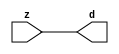

//------> ./rtl_mgc_ioport.v 
//------------------------------------------------------------------
//                M G C _ I O P O R T _ C O M P S
//------------------------------------------------------------------

//------------------------------------------------------------------
//                       M O D U L E S
//------------------------------------------------------------------

//------------------------------------------------------------------
//-- INPUT ENTITIES
//------------------------------------------------------------------

module mgc_in_wire (d, z);

  parameter integer rscid = 1;
  parameter integer width = 8;

  output [width-1:0] d;
  input  [width-1:0] z;

  wire   [width-1:0] d;

  assign d = z;

endmodule

//------------------------------------------------------------------

module mgc_in_wire_en (ld, d, lz, z);

  parameter integer rscid = 1;
  parameter integer width = 8;

  input              ld;
  output [width-1:0] d;
  output             lz;
  input  [width-1:0] z;

  wire   [width-1:0] d;
  wire               lz;

  assign d = z;
  assign lz = ld;

endmodule

//------------------------------------------------------------------

module mgc_in_wire_wait (ld, vd, d, lz, vz, z);

  parameter integer rscid = 1;
  parameter integer width = 8;

  input              ld;
  output             vd;
  output [width-1:0] d;
  output             lz;
  input              vz;
  input  [width-1:0] z;

  wire               vd;
  wire   [width-1:0] d;
  wire               lz;

  assign d = z;
  assign lz = ld;
  assign vd = vz;

endmodule
//------------------------------------------------------------------

module mgc_chan_in (ld, vd, d, lz, vz, z, size, req_size, sizez, sizelz);

  parameter integer rscid = 1;
  parameter integer width = 8;
  parameter integer sz_width = 8;

  input              ld;
  output             vd;
  output [width-1:0] d;
  output             lz;
  input              vz;
  input  [width-1:0] z;
  output [sz_width-1:0] size;
  input              req_size;
  input  [sz_width-1:0] sizez;
  output             sizelz;


  wire               vd;
  wire   [width-1:0] d;
  wire               lz;
  wire   [sz_width-1:0] size;
  wire               sizelz;

  assign d = z;
  assign lz = ld;
  assign vd = vz;
  assign size = sizez;
  assign sizelz = req_size;

endmodule


//------------------------------------------------------------------
//-- OUTPUT ENTITIES
//------------------------------------------------------------------

module mgc_out_stdreg (d, z);

  parameter integer rscid = 1;
  parameter integer width = 8;

  input    [width-1:0] d;
  output   [width-1:0] z;

  wire     [width-1:0] z;

  assign z = d;

endmodule

//------------------------------------------------------------------

module mgc_out_stdreg_en (ld, d, lz, z);

  parameter integer rscid = 1;
  parameter integer width = 8;

  input              ld;
  input  [width-1:0] d;
  output             lz;
  output [width-1:0] z;

  wire               lz;
  wire   [width-1:0] z;

  assign z = d;
  assign lz = ld;

endmodule

//------------------------------------------------------------------

module mgc_out_stdreg_wait (ld, vd, d, lz, vz, z);

  parameter integer rscid = 1;
  parameter integer width = 8;

  input              ld;
  output             vd;
  input  [width-1:0] d;
  output             lz;
  input              vz;
  output [width-1:0] z;

  wire               vd;
  wire               lz;
  wire   [width-1:0] z;

  assign z = d;
  assign lz = ld;
  assign vd = vz;

endmodule

//------------------------------------------------------------------

module mgc_out_prereg_en (ld, d, lz, z);

    parameter integer rscid = 1;
    parameter integer width = 8;

    input              ld;
    input  [width-1:0] d;
    output             lz;
    output [width-1:0] z;

    wire               lz;
    wire   [width-1:0] z;

    assign z = d;
    assign lz = ld;

endmodule

//------------------------------------------------------------------
//-- INOUT ENTITIES
//------------------------------------------------------------------

module mgc_inout_stdreg_en (ldin, din, ldout, dout, lzin, lzout, z);

    parameter integer rscid = 1;
    parameter integer width = 8;

    input              ldin;
    output [width-1:0] din;
    input              ldout;
    input  [width-1:0] dout;
    output             lzin;
    output             lzout;
    inout  [width-1:0] z;

    wire   [width-1:0] din;
    wire               lzin;
    wire               lzout;
    wire   [width-1:0] z;

    assign lzin = ldin;
    assign din = ldin ? z : {width{1'bz}};
    assign lzout = ldout;
    assign z = ldout ? dout : {width{1'bz}};

endmodule

//------------------------------------------------------------------
module hid_tribuf( I_SIG, ENABLE, O_SIG);
  parameter integer width = 8;

  input [width-1:0] I_SIG;
  input ENABLE;
  inout [width-1:0] O_SIG;

  assign O_SIG = (ENABLE) ? I_SIG : { width{1'bz}};

endmodule
//------------------------------------------------------------------

module mgc_inout_stdreg_wait (ldin, vdin, din, ldout, vdout, dout, lzin, vzin, lzout, vzout, z);

    parameter integer rscid = 1;
    parameter integer width = 8;

    input              ldin;
    output             vdin;
    output [width-1:0] din;
    input              ldout;
    output             vdout;
    input  [width-1:0] dout;
    output             lzin;
    input              vzin;
    output             lzout;
    input              vzout;
    inout  [width-1:0] z;

    wire               vdin;
    wire   [width-1:0] din;
    wire               vdout;
    wire               lzin;
    wire               lzout;
    wire   [width-1:0] z;
    wire   ldout_and_vzout;

    assign lzin = ldin;
    assign vdin = vzin;
    assign din = ldin ? z : {width{1'bz}};
    assign lzout = ldout;
    assign vdout = vzout ;
    assign ldout_and_vzout = ldout && vzout ;

    hid_tribuf #(width) tb( .I_SIG(dout),
                            .ENABLE(ldout_and_vzout),
                            .O_SIG(z) );

endmodule

//------------------------------------------------------------------

module mgc_inout_buf_wait (clk, en, arst, srst, ldin, vdin, din, ldout, vdout, dout, lzin, vzin, lzout, vzout, z);

    parameter integer rscid   = 0; // resource ID
    parameter integer width   = 8; // fifo width
    parameter         ph_clk  =  1'b1; // clock polarity 1=rising edge, 0=falling edge
    parameter         ph_en   =  1'b1; // clock enable polarity
    parameter         ph_arst =  1'b1; // async reset polarity
    parameter         ph_srst =  1'b1; // sync reset polarity

    input              clk;
    input              en;
    input              arst;
    input              srst;
    input              ldin;
    output             vdin;
    output [width-1:0] din;
    input              ldout;
    output             vdout;
    input  [width-1:0] dout;
    output             lzin;
    input              vzin;
    output             lzout;
    input              vzout;
    inout  [width-1:0] z;

    wire               lzout_buf;
    wire               vzout_buf;
    wire   [width-1:0] z_buf;
    wire               vdin;
    wire   [width-1:0] din;
    wire               vdout;
    wire               lzin;
    wire               lzout;
    wire   [width-1:0] z;

    assign lzin = ldin;
    assign vdin = vzin;
    assign din = ldin ? z : {width{1'bz}};
    assign lzout = lzout_buf & ~ldin;
    assign vzout_buf = vzout & ~ldin;
    hid_tribuf #(width) tb( .I_SIG(z_buf),
                            .ENABLE((lzout_buf && (!ldin) && vzout) ),
                            .O_SIG(z)  );

    mgc_out_buf_wait
    #(
        .rscid   (rscid),
        .width   (width),
        .ph_clk  (ph_clk),
        .ph_en   (ph_en),
        .ph_arst (ph_arst),
        .ph_srst (ph_srst)
    )
    BUFF
    (
        .clk     (clk),
        .en      (en),
        .arst    (arst),
        .srst    (srst),
        .ld      (ldout),
        .vd      (vdout),
        .d       (dout),
        .lz      (lzout_buf),
        .vz      (vzout_buf),
        .z       (z_buf)
    );


endmodule

module mgc_inout_fifo_wait (clk, en, arst, srst, ldin, vdin, din, ldout, vdout, dout, lzin, vzin, lzout, vzout, z);

    parameter integer rscid   = 0; // resource ID
    parameter integer width   = 8; // fifo width
    parameter integer fifo_sz = 8; // fifo depth
    parameter         ph_clk  = 1'b1;  // clock polarity 1=rising edge, 0=falling edge
    parameter         ph_en   = 1'b1;  // clock enable polarity
    parameter         ph_arst = 1'b1;  // async reset polarity
    parameter         ph_srst = 1'b1;  // sync reset polarity
    parameter integer ph_log2 = 3;     // log2(fifo_sz)
    parameter integer pwropt  = 0;     // pwropt

    input              clk;
    input              en;
    input              arst;
    input              srst;
    input              ldin;
    output             vdin;
    output [width-1:0] din;
    input              ldout;
    output             vdout;
    input  [width-1:0] dout;
    output             lzin;
    input              vzin;
    output             lzout;
    input              vzout;
    inout  [width-1:0] z;

    wire               lzout_buf;
    wire               vzout_buf;
    wire   [width-1:0] z_buf;
    wire               comb;
    wire               vdin;
    wire   [width-1:0] din;
    wire               vdout;
    wire               lzin;
    wire               lzout;
    wire   [width-1:0] z;

    assign lzin = ldin;
    assign vdin = vzin;
    assign din = ldin ? z : {width{1'bz}};
    assign lzout = lzout_buf & ~ldin;
    assign vzout_buf = vzout & ~ldin;
    assign comb = (lzout_buf && (!ldin) && vzout);

    hid_tribuf #(width) tb2( .I_SIG(z_buf), .ENABLE(comb), .O_SIG(z)  );

    mgc_out_fifo_wait
    #(
        .rscid   (rscid),
        .width   (width),
        .fifo_sz (fifo_sz),
        .ph_clk  (ph_clk),
        .ph_en   (ph_en),
        .ph_arst (ph_arst),
        .ph_srst (ph_srst),
        .ph_log2 (ph_log2),
        .pwropt  (pwropt)
    )
    FIFO
    (
        .clk   (clk),
        .en      (en),
        .arst    (arst),
        .srst    (srst),
        .ld      (ldout),
        .vd      (vdout),
        .d       (dout),
        .lz      (lzout_buf),
        .vz      (vzout_buf),
        .z       (z_buf)
    );

endmodule

//------------------------------------------------------------------
//-- I/O SYNCHRONIZATION ENTITIES
//------------------------------------------------------------------

module mgc_io_sync (ld, lz);

    input  ld;
    output lz;

    assign lz = ld;

endmodule

module mgc_bsync_rdy (rd, rz);

    parameter integer rscid   = 0; // resource ID
    parameter ready = 1;
    parameter valid = 0;

    input  rd;
    output rz;

    wire   rz;

    assign rz = rd;

endmodule

module mgc_bsync_vld (vd, vz);

    parameter integer rscid   = 0; // resource ID
    parameter ready = 0;
    parameter valid = 1;

    output vd;
    input  vz;

    wire   vd;

    assign vd = vz;

endmodule

module mgc_bsync_rv (rd, vd, rz, vz);

    parameter integer rscid   = 0; // resource ID
    parameter ready = 1;
    parameter valid = 1;

    input  rd;
    output vd;
    output rz;
    input  vz;

    wire   vd;
    wire   rz;

    assign rz = rd;
    assign vd = vz;

endmodule

//------------------------------------------------------------------

module mgc_sync (ldin, vdin, ldout, vdout);

  input  ldin;
  output vdin;
  input  ldout;
  output vdout;

  wire   vdin;
  wire   vdout;

  assign vdin = ldout;
  assign vdout = ldin;

endmodule

///////////////////////////////////////////////////////////////////////////////
// dummy function used to preserve funccalls for modulario
// it looks like a memory read to the caller
///////////////////////////////////////////////////////////////////////////////
module funccall_inout (d, ad, bd, z, az, bz);

  parameter integer ram_id = 1;
  parameter integer width = 8;
  parameter integer addr_width = 8;

  output [width-1:0]       d;
  input  [addr_width-1:0]  ad;
  input                    bd;
  input  [width-1:0]       z;
  output [addr_width-1:0]  az;
  output                   bz;

  wire   [width-1:0]       d;
  wire   [addr_width-1:0]  az;
  wire                     bz;

  assign d  = z;
  assign az = ad;
  assign bz = bd;

endmodule


///////////////////////////////////////////////////////////////////////////////
// inlinable modular io not otherwise found in mgc_ioport
///////////////////////////////////////////////////////////////////////////////

module modulario_en_in (vd, d, vz, z);

  parameter integer rscid = 1;
  parameter integer width = 8;

  output             vd;
  output [width-1:0] d;
  input              vz;
  input  [width-1:0] z;

  wire   [width-1:0] d;
  wire               vd;

  assign d = z;
  assign vd = vz;

endmodule

//------> ./rtl_mgc_ioport_v2001.v 
//------------------------------------------------------------------

module mgc_out_reg_pos (clk, en, arst, srst, ld, d, lz, z);

    parameter integer rscid   = 1;
    parameter integer width   = 8;
    parameter         ph_en   =  1'b1;
    parameter         ph_arst =  1'b1;
    parameter         ph_srst =  1'b1;

    input              clk;
    input              en;
    input              arst;
    input              srst;
    input              ld;
    input  [width-1:0] d;
    output             lz;
    output [width-1:0] z;

    reg                lz;
    reg    [width-1:0] z;

    generate
    if (ph_arst == 1'b0)
    begin: NEG_ARST
        always @(posedge clk or negedge arst)
        if (arst == 1'b0)
        begin: B1
            lz <= 1'b0;
            z  <= {width{1'b0}};
        end
        else if (srst == ph_srst)
        begin: B2
            lz <= 1'b0;
            z  <= {width{1'b0}};
        end
        else if (en == ph_en)
        begin: B3
            lz <= ld;
            z  <= (ld) ? d : z;
        end
    end
    else
    begin: POS_ARST
        always @(posedge clk or posedge arst)
        if (arst == 1'b1)
        begin: B1
            lz <= 1'b0;
            z  <= {width{1'b0}};
        end
        else if (srst == ph_srst)
        begin: B2
            lz <= 1'b0;
            z  <= {width{1'b0}};
        end
        else if (en == ph_en)
        begin: B3
            lz <= ld;
            z  <= (ld) ? d : z;
        end
    end
    endgenerate

endmodule

//------------------------------------------------------------------

module mgc_out_reg_neg (clk, en, arst, srst, ld, d, lz, z);

    parameter integer rscid   = 1;
    parameter integer width   = 8;
    parameter         ph_en   =  1'b1;
    parameter         ph_arst =  1'b1;
    parameter         ph_srst =  1'b1;

    input              clk;
    input              en;
    input              arst;
    input              srst;
    input              ld;
    input  [width-1:0] d;
    output             lz;
    output [width-1:0] z;

    reg                lz;
    reg    [width-1:0] z;

    generate
    if (ph_arst == 1'b0)
    begin: NEG_ARST
        always @(negedge clk or negedge arst)
        if (arst == 1'b0)
        begin: B1
            lz <= 1'b0;
            z  <= {width{1'b0}};
        end
        else if (srst == ph_srst)
        begin: B2
            lz <= 1'b0;
            z  <= {width{1'b0}};
        end
        else if (en == ph_en)
        begin: B3
            lz <= ld;
            z  <= (ld) ? d : z;
        end
    end
    else
    begin: POS_ARST
        always @(negedge clk or posedge arst)
        if (arst == 1'b1)
        begin: B1
            lz <= 1'b0;
            z  <= {width{1'b0}};
        end
        else if (srst == ph_srst)
        begin: B2
            lz <= 1'b0;
            z  <= {width{1'b0}};
        end
        else if (en == ph_en)
        begin: B3
            lz <= ld;
            z  <= (ld) ? d : z;
        end
    end
    endgenerate

endmodule

//------------------------------------------------------------------

module mgc_out_reg (clk, en, arst, srst, ld, d, lz, z); // Not Supported

    parameter integer rscid   = 1;
    parameter integer width   = 8;
    parameter         ph_clk  =  1'b1;
    parameter         ph_en   =  1'b1;
    parameter         ph_arst =  1'b1;
    parameter         ph_srst =  1'b1;

    input              clk;
    input              en;
    input              arst;
    input              srst;
    input              ld;
    input  [width-1:0] d;
    output             lz;
    output [width-1:0] z;


    generate
    if (ph_clk == 1'b0)
    begin: NEG_EDGE

        mgc_out_reg_neg
        #(
            .rscid   (rscid),
            .width   (width),
            .ph_en   (ph_en),
            .ph_arst (ph_arst),
            .ph_srst (ph_srst)
        )
        mgc_out_reg_neg_inst
        (
            .clk     (clk),
            .en      (en),
            .arst    (arst),
            .srst    (srst),
            .ld      (ld),
            .d       (d),
            .lz      (lz),
            .z       (z)
        );

    end
    else
    begin: POS_EDGE

        mgc_out_reg_pos
        #(
            .rscid   (rscid),
            .width   (width),
            .ph_en   (ph_en),
            .ph_arst (ph_arst),
            .ph_srst (ph_srst)
        )
        mgc_out_reg_pos_inst
        (
            .clk     (clk),
            .en      (en),
            .arst    (arst),
            .srst    (srst),
            .ld      (ld),
            .d       (d),
            .lz      (lz),
            .z       (z)
        );

    end
    endgenerate

endmodule




//------------------------------------------------------------------

module mgc_out_buf_wait (clk, en, arst, srst, ld, vd, d, vz, lz, z); // Not supported

    parameter integer rscid   = 1;
    parameter integer width   = 8;
    parameter         ph_clk  =  1'b1;
    parameter         ph_en   =  1'b1;
    parameter         ph_arst =  1'b1;
    parameter         ph_srst =  1'b1;

    input              clk;
    input              en;
    input              arst;
    input              srst;
    input              ld;
    output             vd;
    input  [width-1:0] d;
    output             lz;
    input              vz;
    output [width-1:0] z;

    wire               filled;
    wire               filled_next;
    wire   [width-1:0] abuf;
    wire               lbuf;


    assign filled_next = (filled & (~vz)) | (filled & ld) | (ld & (~vz));

    assign lbuf = ld & ~(filled ^ vz);

    assign vd = vz | ~filled;

    assign lz = ld | filled;

    assign z = (filled) ? abuf : d;

    wire dummy;
    wire dummy_bufreg_lz;

    // Output registers:
    mgc_out_reg
    #(
        .rscid   (rscid),
        .width   (1'b1),
        .ph_clk  (ph_clk),
        .ph_en   (ph_en),
        .ph_arst (ph_arst),
        .ph_srst (ph_srst)
    )
    STATREG
    (
        .clk     (clk),
        .en      (en),
        .arst    (arst),
        .srst    (srst),
        .ld      (filled_next),
        .d       (1'b0),       // input d is unused
        .lz      (filled),
        .z       (dummy)            // output z is unused
    );

    mgc_out_reg
    #(
        .rscid   (rscid),
        .width   (width),
        .ph_clk  (ph_clk),
        .ph_en   (ph_en),
        .ph_arst (ph_arst),
        .ph_srst (ph_srst)
    )
    BUFREG
    (
        .clk     (clk),
        .en      (en),
        .arst    (arst),
        .srst    (srst),
        .ld      (lbuf),
        .d       (d),
        .lz      (dummy_bufreg_lz),
        .z       (abuf)
    );

endmodule

//------------------------------------------------------------------

module mgc_out_fifo_wait (clk, en, arst, srst, ld, vd, d, lz, vz,  z);

    parameter integer rscid   = 0; // resource ID
    parameter integer width   = 8; // fifo width
    parameter integer fifo_sz = 8; // fifo depth
    parameter         ph_clk  = 1'b1; // clock polarity 1=rising edge, 0=falling edge
    parameter         ph_en   = 1'b1; // clock enable polarity
    parameter         ph_arst = 1'b1; // async reset polarity
    parameter         ph_srst = 1'b1; // sync reset polarity
    parameter integer ph_log2 = 3; // log2(fifo_sz)
    parameter integer pwropt  = 0; // pwropt


    input                 clk;
    input                 en;
    input                 arst;
    input                 srst;
    input                 ld;    // load data
    output                vd;    // fifo full active low
    input     [width-1:0] d;
    output                lz;    // fifo ready to send
    input                 vz;    // dest ready for data
    output    [width-1:0] z;

    wire    [31:0]      size;


      // Output registers:
 mgc_out_fifo_wait_core#(
        .rscid   (rscid),
        .width   (width),
        .sz_width (32),
        .fifo_sz (fifo_sz),
        .ph_clk  (ph_clk),
        .ph_en   (ph_en),
        .ph_arst (ph_arst),
        .ph_srst (ph_srst),
        .ph_log2 (ph_log2),
        .pwropt  (pwropt)
        ) CORE (
        .clk (clk),
        .en (en),
        .arst (arst),
        .srst (srst),
        .ld (ld),
        .vd (vd),
        .d (d),
        .lz (lz),
        .vz (vz),
        .z (z),
        .size (size)
        );

endmodule



module mgc_out_fifo_wait_core (clk, en, arst, srst, ld, vd, d, lz, vz,  z, size);

    parameter integer rscid   = 0; // resource ID
    parameter integer width   = 8; // fifo width
    parameter integer sz_width = 8; // size of port for elements in fifo
    parameter integer fifo_sz = 8; // fifo depth
    parameter         ph_clk  =  1'b1; // clock polarity 1=rising edge, 0=falling edge
    parameter         ph_en   =  1'b1; // clock enable polarity
    parameter         ph_arst =  1'b1; // async reset polarity
    parameter         ph_srst =  1'b1; // sync reset polarity
    parameter integer ph_log2 = 3; // log2(fifo_sz)
    parameter integer pwropt  = 0; // pwropt

   localparam integer  fifo_b = width * fifo_sz;

    input                 clk;
    input                 en;
    input                 arst;
    input                 srst;
    input                 ld;    // load data
    output                vd;    // fifo full active low
    input     [width-1:0] d;
    output                lz;    // fifo ready to send
    input                 vz;    // dest ready for data
    output    [width-1:0] z;
    output    [sz_width-1:0]      size;

    reg      [( (fifo_sz > 0) ? fifo_sz : 1)-1:0] stat_pre;
    wire     [( (fifo_sz > 0) ? fifo_sz : 1)-1:0] stat;
    reg      [( (fifo_b > 0) ? fifo_b : 1)-1:0] buff_pre;
    wire     [( (fifo_b > 0) ? fifo_b : 1)-1:0] buff;
    reg      [( (fifo_sz > 0) ? fifo_sz : 1)-1:0] en_l;
    reg      [(((fifo_sz > 0) ? fifo_sz : 1)-1)/8:0] en_l_s;

    reg       [width-1:0] buff_nxt;

    reg                   stat_nxt;
    reg                   stat_before;
    reg                   stat_after;
    reg                   en_l_var;

    integer               i;
    genvar                eni;

    wire [32:0]           size_t;
    reg [31:0]            count;
    reg [31:0]            count_t;
    reg [32:0]            n_elem;
// pragma translate_off
    reg [31:0]            peak;
// pragma translate_on

    wire [( (fifo_sz > 0) ? fifo_sz : 1)-1:0] dummy_statreg_lz;
    wire [( (fifo_b > 0) ? fifo_b : 1)-1:0] dummy_bufreg_lz;

    generate
    if ( fifo_sz > 0 )
    begin: FIFO_REG
      assign vd = vz | ~stat[0];
      assign lz = ld | stat[fifo_sz-1];
      assign size_t = (count - (vz && stat[fifo_sz-1])) + ld;
      assign size = size_t[sz_width-1:0];
      assign z = (stat[fifo_sz-1]) ? buff[fifo_b-1:width*(fifo_sz-1)] : d;

      always @(*)
      begin: FIFOPROC
        n_elem = 33'b0;
        for (i = fifo_sz-1; i >= 0; i = i - 1)
        begin
          if (i != 0)
            stat_before = stat[i-1];
          else
            stat_before = 1'b0;

          if (i != (fifo_sz-1))
            stat_after = stat[i+1];
          else
            stat_after = 1'b1;

          stat_nxt = stat_after &
                    (stat_before | (stat[i] & (~vz)) | (stat[i] & ld) | (ld & (~vz)));

          stat_pre[i] = stat_nxt;
          en_l_var = 1'b1;
          if (!stat_nxt)
            begin
              buff_nxt = {width{1'b0}};
              en_l_var = 1'b0;
            end
          else if (vz && stat_before)
            buff_nxt[0+:width] = buff[width*(i-1)+:width];
          else if (ld && !((vz && stat_before) || ((!vz) && stat[i])))
            buff_nxt = d;
          else
            begin
              if (pwropt == 0)
                buff_nxt[0+:width] = buff[width*i+:width];
              else
                buff_nxt = {width{1'b0}};
              en_l_var = 1'b0;
            end

          if (ph_en != 0)
            en_l[i] = en & en_l_var;
          else
            en_l[i] = en | ~en_l_var;

          buff_pre[width*i+:width] = buff_nxt[0+:width];

          if ((stat_after == 1'b1) && (stat[i] == 1'b0))
            n_elem = ($unsigned(fifo_sz) - 1) - i;
        end

        if (ph_en != 0)
          en_l_s[(((fifo_sz > 0) ? fifo_sz : 1)-1)/8] = 1'b1;
        else
          en_l_s[(((fifo_sz > 0) ? fifo_sz : 1)-1)/8] = 1'b0;

        for (i = fifo_sz-1; i >= 7; i = i - 1)
        begin
          if ((i%'d2) == 0)
          begin
            if (ph_en != 0)
              en_l_s[(i/8)-1] = en & (stat[i]|stat_pre[i-1]);
            else
              en_l_s[(i/8)-1] = en | ~(stat[i]|stat_pre[i-1]);
          end
        end

        if ( stat[fifo_sz-1] == 1'b0 )
          count_t = 32'b0;
        else if ( stat[0] == 1'b1 )
          count_t = { {(32-ph_log2){1'b0}}, fifo_sz};
        else
          count_t = n_elem[31:0];
        count = count_t;
// pragma translate_off
        if ( peak < count )
          peak = count;
// pragma translate_on
      end

      if (pwropt == 0)
      begin: NOCGFIFO
        // Output registers:
        mgc_out_reg
        #(
            .rscid   (rscid),
            .width   (fifo_sz),
            .ph_clk  (ph_clk),
            .ph_en   (ph_en),
            .ph_arst (ph_arst),
            .ph_srst (ph_srst)
        )
        STATREG
        (
            .clk     (clk),
            .en      (en),
            .arst    (arst),
            .srst    (srst),
            .ld      (1'b1),
            .d       (stat_pre),
            .lz      (dummy_statreg_lz[0]),
            .z       (stat)
        );
        mgc_out_reg
        #(
            .rscid   (rscid),
            .width   (fifo_b),
            .ph_clk  (ph_clk),
            .ph_en   (ph_en),
            .ph_arst (ph_arst),
            .ph_srst (ph_srst)
        )
        BUFREG
        (
            .clk     (clk),
            .en      (en),
            .arst    (arst),
            .srst    (srst),
            .ld      (1'b1),
            .d       (buff_pre),
            .lz      (dummy_bufreg_lz[0]),
            .z       (buff)
        );
      end
      else
      begin: CGFIFO
        // Output registers:
        if ( pwropt > 1)
        begin: CGSTATFIFO2
          for (eni = fifo_sz-1; eni >= 0; eni = eni - 1)
          begin: pwroptGEN1
            mgc_out_reg
            #(
              .rscid   (rscid),
              .width   (1),
              .ph_clk  (ph_clk),
              .ph_en   (ph_en),
              .ph_arst (ph_arst),
              .ph_srst (ph_srst)
            )
            STATREG
            (
              .clk     (clk),
              .en      (en_l_s[eni/8]),
              .arst    (arst),
              .srst    (srst),
              .ld      (1'b1),
              .d       (stat_pre[eni]),
              .lz      (dummy_statreg_lz[eni]),
              .z       (stat[eni])
            );
          end
        end
        else
        begin: CGSTATFIFO
          mgc_out_reg
          #(
            .rscid   (rscid),
            .width   (fifo_sz),
            .ph_clk  (ph_clk),
            .ph_en   (ph_en),
            .ph_arst (ph_arst),
            .ph_srst (ph_srst)
          )
          STATREG
          (
            .clk     (clk),
            .en      (en),
            .arst    (arst),
            .srst    (srst),
            .ld      (1'b1),
            .d       (stat_pre),
            .lz      (dummy_statreg_lz[0]),
            .z       (stat)
          );
        end
        for (eni = fifo_sz-1; eni >= 0; eni = eni - 1)
        begin: pwroptGEN2
          mgc_out_reg
          #(
            .rscid   (rscid),
            .width   (width),
            .ph_clk  (ph_clk),
            .ph_en   (ph_en),
            .ph_arst (ph_arst),
            .ph_srst (ph_srst)
          )
          BUFREG
          (
            .clk     (clk),
            .en      (en_l[eni]),
            .arst    (arst),
            .srst    (srst),
            .ld      (1'b1),
            .d       (buff_pre[width*eni+:width]),
            .lz      (dummy_bufreg_lz[eni]),
            .z       (buff[width*eni+:width])
          );
        end
      end
    end
    else
    begin: FEED_THRU
      assign vd = vz;
      assign lz = ld;
      assign z = d;
      assign size = ld && !vz;
    end
    endgenerate

endmodule

//------------------------------------------------------------------
//-- PIPE ENTITIES
//------------------------------------------------------------------
/*
 *
 *             _______________________________________________
 * WRITER    |                                               |          READER
 *           |           MGC_PIPE                            |
 *           |           __________________________          |
 *        --<| vdout  --<| vd ---------------  vz<|-----ldin<|---
 *           |           |      FIFO              |          |
 *        ---|>ldout  ---|>ld ---------------- lz |> ---vdin |>--
 *        ---|>dout -----|>d  ---------------- dz |> ----din |>--
 *           |           |________________________|          |
 *           |_______________________________________________|
 */
// two clock pipe
module mgc_pipe (clk, en, arst, srst, ldin, vdin, din, ldout, vdout, dout, size, req_size);

    parameter integer rscid   = 0; // resource ID
    parameter integer width   = 8; // fifo width
    parameter integer sz_width = 8; // width of size of elements in fifo
    parameter integer fifo_sz = 8; // fifo depth
    parameter integer log2_sz = 3; // log2(fifo_sz)
    parameter         ph_clk  = 1'b1;  // clock polarity 1=rising edge, 0=falling edge
    parameter         ph_en   = 1'b1;  // clock enable polarity
    parameter         ph_arst = 1'b1;  // async reset polarity
    parameter         ph_srst = 1'b1;  // sync reset polarity
    parameter integer pwropt  = 0; // pwropt

    input              clk;
    input              en;
    input              arst;
    input              srst;
    input              ldin;
    output             vdin;
    output [width-1:0] din;
    input              ldout;
    output             vdout;
    input  [width-1:0] dout;
    output [sz_width-1:0]      size;
    input              req_size;


    mgc_out_fifo_wait_core
    #(
        .rscid    (rscid),
        .width    (width),
        .sz_width (sz_width),
        .fifo_sz  (fifo_sz),
        .ph_clk   (ph_clk),
        .ph_en    (ph_en),
        .ph_arst  (ph_arst),
        .ph_srst  (ph_srst),
        .ph_log2  (log2_sz),
        .pwropt   (pwropt)
    )
    FIFO
    (
        .clk     (clk),
        .en      (en),
        .arst    (arst),
        .srst    (srst),
        .ld      (ldout),
        .vd      (vdout),
        .d       (dout),
        .lz      (vdin),
        .vz      (ldin),
        .z       (din),
        .size    (size)
    );

endmodule


//------> ./rtl.v 
// ----------------------------------------------------------------------
//  HLS HDL:        Verilog Netlister
//  HLS Version:    2011a.126 Production Release
//  HLS Date:       Wed Aug  8 00:52:07 PDT 2012
// 
//  Generated by:   kjr115@EEWS104A-009
//  Generated date: Tue May 03 14:41:16 2016
// ----------------------------------------------------------------------

// 
// ------------------------------------------------------------------
//  Design Unit:    Render_core_fsm
//  FSM Module
// ------------------------------------------------------------------


module Render_core_fsm (
  clk, rst, fsm_output, st_for_1_tr0
);
  input clk;
  input rst;
  output [2:0] fsm_output;
  reg [2:0] fsm_output;
  input st_for_1_tr0;


  // FSM State Type Declaration for Render_core_fsm_1
  parameter
    st_main = 2'd0,
    st_for = 2'd1,
    st_for_1 = 2'd2,
    state_x = 2'b00;

  reg [1:0] state_var;
  reg [1:0] state_var_NS;


  // Interconnect Declarations for Component Instantiations 
  always @(*)
  begin : Render_core_fsm_1
    case (state_var)
      st_main : begin
        fsm_output = 3'b1;
        state_var_NS = st_for;
      end
      st_for : begin
        fsm_output = 3'b10;
        state_var_NS = st_for_1;
      end
      st_for_1 : begin
        fsm_output = 3'b100;
        if ( st_for_1_tr0 ) begin
          state_var_NS = st_main;
        end
        else begin
          state_var_NS = st_for;
        end
      end
      default : begin
        fsm_output = 3'b000;
        state_var_NS = st_main;
      end
    endcase
  end

  always @(posedge clk) begin
    if ( rst ) begin
      state_var <= st_main;
    end
    else begin
      state_var <= state_var_NS;
    end
  end

endmodule

// ------------------------------------------------------------------
//  Design Unit:    Render_core
// ------------------------------------------------------------------


module Render_core (
  clk, rst, v_out_rsc_mgc_out_stdreg_d
);
  input clk;
  input rst;
  output [11:0] v_out_rsc_mgc_out_stdreg_d;
  reg [11:0] v_out_rsc_mgc_out_stdreg_d;


  // Interconnect Declarations
  wire [2:0] fsm_output;
  reg [20:0] for_i_1_sva;
  reg [20:0] for_i_1_sva_1;
  reg for_slc_itm;
  wire [20:0] for_i_1_sva_2;
  wire [21:0] nl_for_i_1_sva_2;


  // Interconnect Declarations for Component Instantiations 
  wire [0:0] nl_Render_core_fsm_inst_st_for_1_tr0;
  assign nl_Render_core_fsm_inst_st_for_1_tr0 = ~ for_slc_itm;
  Render_core_fsm Render_core_fsm_inst (
      .clk(clk),
      .rst(rst),
      .fsm_output(fsm_output),
      .st_for_1_tr0(nl_Render_core_fsm_inst_st_for_1_tr0)
    );
  assign nl_for_i_1_sva_2 = for_i_1_sva + 21'b1;
  assign for_i_1_sva_2 = nl_for_i_1_sva_2[20:0];
  always @(posedge clk) begin
    if ( rst ) begin
      for_i_1_sva <= 21'b0;
      v_out_rsc_mgc_out_stdreg_d <= 12'b0;
      for_slc_itm <= 1'b0;
      for_i_1_sva_1 <= 21'b0;
    end
    else begin
      for_i_1_sva <= for_i_1_sva_1 & (signext_21_1(fsm_output[2]));
      v_out_rsc_mgc_out_stdreg_d <= MUX_v_12_2_2({v_out_rsc_mgc_out_stdreg_d , (signext_12_1(readslicef_4_1_3(((for_i_1_sva[20:17])
          + 4'b1011))))}, fsm_output[1]);
      for_slc_itm <= readslicef_4_1_3((conv_u2s_3_4(for_i_1_sva_2[20:18]) + 4'b1011));
      for_i_1_sva_1 <= for_i_1_sva_2;
    end
  end

  function [20:0] signext_21_1;
    input [0:0] vector;
  begin
    signext_21_1= {{20{vector[0]}}, vector};
  end
  endfunction


  function [11:0] MUX_v_12_2_2;
    input [23:0] inputs;
    input [0:0] sel;
    reg [11:0] result;
  begin
    case (sel)
      1'b0 : begin
        result = inputs[23:12];
      end
      1'b1 : begin
        result = inputs[11:0];
      end
      default : begin
        result = inputs[23:12];
      end
    endcase
    MUX_v_12_2_2 = result;
  end
  endfunction


  function [0:0] readslicef_4_1_3;
    input [3:0] vector;
    reg [3:0] tmp;
  begin
    tmp = vector >> 3;
    readslicef_4_1_3 = tmp[0:0];
  end
  endfunction


  function [11:0] signext_12_1;
    input [0:0] vector;
  begin
    signext_12_1= {{11{vector[0]}}, vector};
  end
  endfunction


  function signed [3:0] conv_u2s_3_4 ;
    input [2:0]  vector ;
  begin
    conv_u2s_3_4 = {1'b0, vector};
  end
  endfunction

endmodule

// ------------------------------------------------------------------
//  Design Unit:    Render
//  Generated from file(s):
//    2) $PROJECT_HOME/src/Render.cpp
// ------------------------------------------------------------------


module Render (
  v_out_rsc_z, clk, rst
);
  output [11:0] v_out_rsc_z;
  input clk;
  input rst;


  // Interconnect Declarations
  wire [11:0] v_out_rsc_mgc_out_stdreg_d;


  // Interconnect Declarations for Component Instantiations 
  mgc_out_stdreg #(.rscid(1),
  .width(12)) v_out_rsc_mgc_out_stdreg (
      .d(v_out_rsc_mgc_out_stdreg_d),
      .z(v_out_rsc_z)
    );
  Render_core Render_core_inst (
      .clk(clk),
      .rst(rst),
      .v_out_rsc_mgc_out_stdreg_d(v_out_rsc_mgc_out_stdreg_d)
    );
endmodule